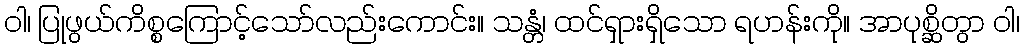
ဝါ၊ ပြုဖွယ်ကိစ္စကြောင့်သော်လည်းကောင်း။ သန္တံ၊ ထင်ရှားရှိသော ရဟန်းကို။ အာပုစ္ဆိတွာ ဝါ၊